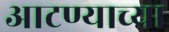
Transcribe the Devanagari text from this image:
आटण्याच्या